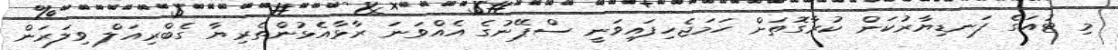
މި ޓުއަގެ ފަނޑިޔާރުކަން ކުރާގޮތަށް ހަމަޖެހިފައިވަނީ ސްޕޭނުގެ އެއްވަނަ ރާޅާއެޅުންތެރިޔާ ގެބްރިއަލް ވިލަރަން